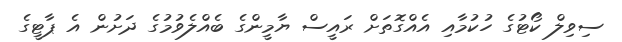
ސިވިލް ކޯޓުގެ ހުކުމާއި އެއްގޮތަށް ރައީސް ޔާމީންގެ ބެއްލެވުމުގެ ދަށުން އެ ޕާޓީގެ